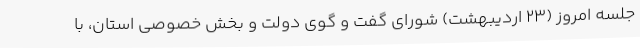
جلسه امروز (23 اردیبهشت) شورای گفت و گوی دولت و بخش خصوصی استان، با